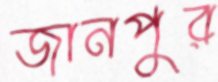
জানপুর